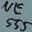
Text: NE555